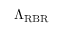
\Lambda _ { \mathrm { R B R } }